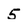
Character: 5